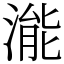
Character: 㴰